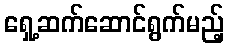
ရှေ့ဆက်ဆောင်ရွက်မည့်